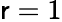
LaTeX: \mathsf{r}=1